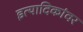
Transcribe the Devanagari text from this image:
इत्यादिकांवर